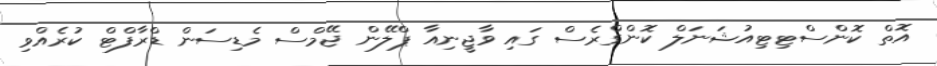
އޮތް ކޮންސްޓިޓިއުޝަނަލް ކޮންގްރެސް ގައި ވާޖީނިއާ ޕްލޭން ޖޭމްސް މެޑިސަން ޑްރާފްޓް ކުރެއްވި